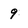
Character: 9